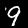
Digit: 9